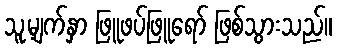
သူ့မျက်နှာ ဖြူဖပ်ဖြူရော် ဖြစ်သွားသည်။